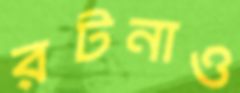
রটনাও